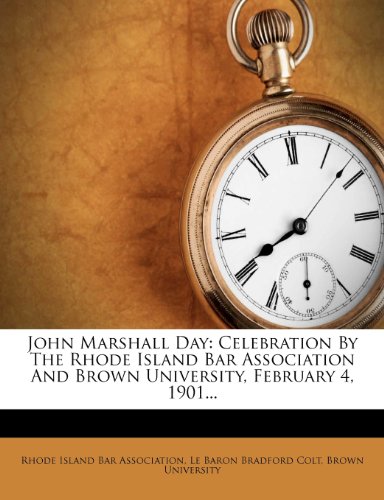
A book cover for John Marshall Day: Celebration by the Rhode Island Bar Association and Brown University, February 4, 1901...; Brown University; History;